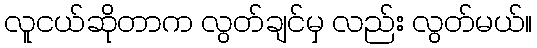
လူငယ်ဆိုတာက လွတ်ချင်မှ လည်း လွတ်မယ်။